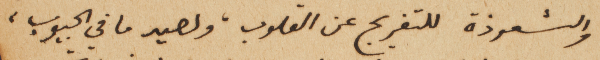
والشعوذة للتفريج عن القلوب، ولصيد ما في الجيوب،